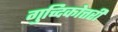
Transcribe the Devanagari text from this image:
गुच्दिकोत्तरी